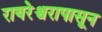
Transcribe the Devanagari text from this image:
रायरेश्वरापासून